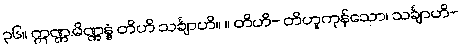
၃၆။ ဣဏ္ဏ.မိဏ္ဏန္နံ တိဟိ သင်္ချာဟိ။ ။ တိဟိ- တိဟူကုန်သော၊ သင်္ချာဟိ-